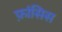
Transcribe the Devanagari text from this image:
फ़ांसिस